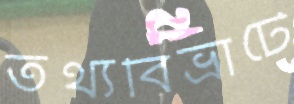
তথ্যবিভ্রাটে